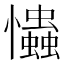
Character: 𢥞